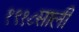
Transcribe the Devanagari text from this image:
१९१८साली